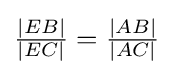
{\tfrac {|EB|}{|EC|}}={\tfrac {|AB|}{|AC|}}